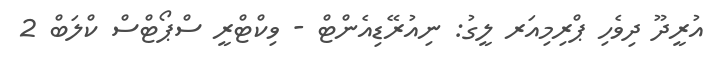
އުރީދޫ ދިވެހި ޕްރިމިއަރ ލީގު: ނިއުރޭޑިއެންޓް - ވިކްޓްރީ ސްޕޯޓްސް ކްލަބް 2